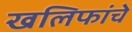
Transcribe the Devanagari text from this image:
खलिफांचे